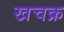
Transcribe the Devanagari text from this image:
खचक्र